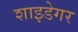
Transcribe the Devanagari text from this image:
शाइडेगर